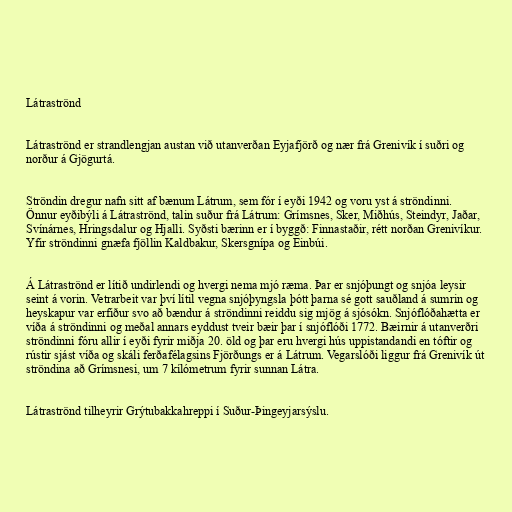
Látraströnd

Látraströnd er strandlengjan austan við utanverðan Eyjafjörð og nær frá Grenivík í suðri og
norður á Gjögurtá.

Ströndin dregur nafn sitt af bænum Látrum, sem fór í eyði 1942 og voru yst á ströndinni.
Önnur eyðibýli á Látraströnd, talin suður frá Látrum: Grímsnes, Sker, Miðhús, Steindyr, Jaðar,
Svínárnes, Hringsdalur og Hjalli. Syðsti bærinn er í byggð: Finnastaðir, rétt norðan Grenivíkur.
Yfir ströndinni gnæfa fjöllin Kaldbakur, Skersgnípa og Einbúi.

Á Látraströnd er lítið undirlendi og hvergi nema mjó ræma. Þar er snjóþungt og snjóa leysir
seint á vorin. Vetrarbeit var því lítil vegna snjóþyngsla þótt þarna sé gott sauðland á sumrin og
heyskapur var erfiður svo að bændur á ströndinni reiddu sig mjög á sjósókn. Snjóflóðahætta er
víða á ströndinni og meðal annars eyddust tveir bæir þar í snjóflóði 1772. Bæirnir á utanverðri
ströndinni fóru allir í eyði fyrir miðja 20. öld og þar eru hvergi hús uppistandandi en tóftir og
rústir sjást víða og skáli ferðafélagsins Fjörðungs er á Látrum. Vegarslóði liggur frá Grenivík út
ströndina að Grímsnesi, um 7 kílómetrum fyrir sunnan Látra.

Látraströnd tilheyrir Grýtubakkahreppi í Suður-Þingeyjarsýslu.